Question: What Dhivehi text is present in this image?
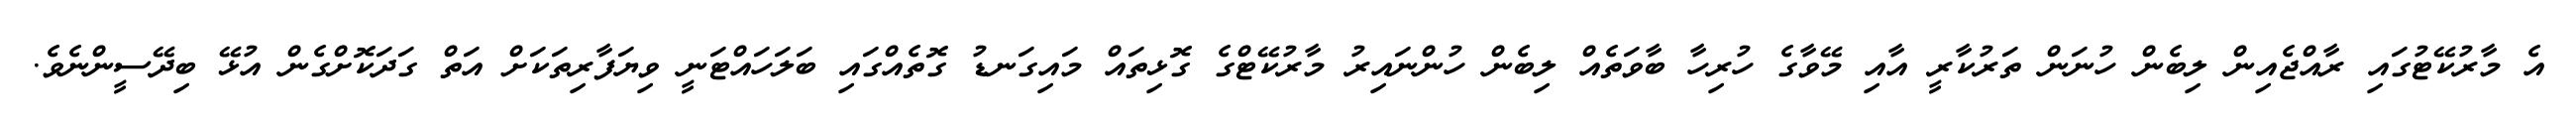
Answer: އެ މާރުކޭޓުގައި ރާއްޖެއިން ލިބެން ހުނަން ތަރުކާރީ އާއި މޭވާގެ ހުރިހާ ބާވަތެއް ލިބެން ހުންނައިރު މާރުކޭޓްގެ ގޮޅިތައް މައިގަނޑު ގޮތެއްގައި ބަލަހައްޓަނީ ވިޔަފާރިތަކަށް އަތް ގަދަކޮށްގެން އުޅޭ ބިދޭސީންނެވެ.